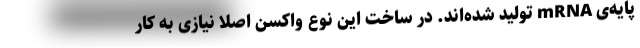
پایه‌ی mRNA تولید شده‌اند. در ساخت این نوع واکسن اصلا نیازی به کار